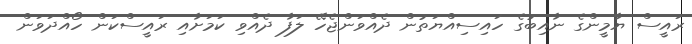
ރައީސް ޔާމީންގެ ނާއިބުގެ ހައިސިއްޔަތުން ދެއްވަންޖެހޭ ލަފާ ދެއްވި ކަަމަށާއި ރައީސްކަން ހޯއްދަވަން